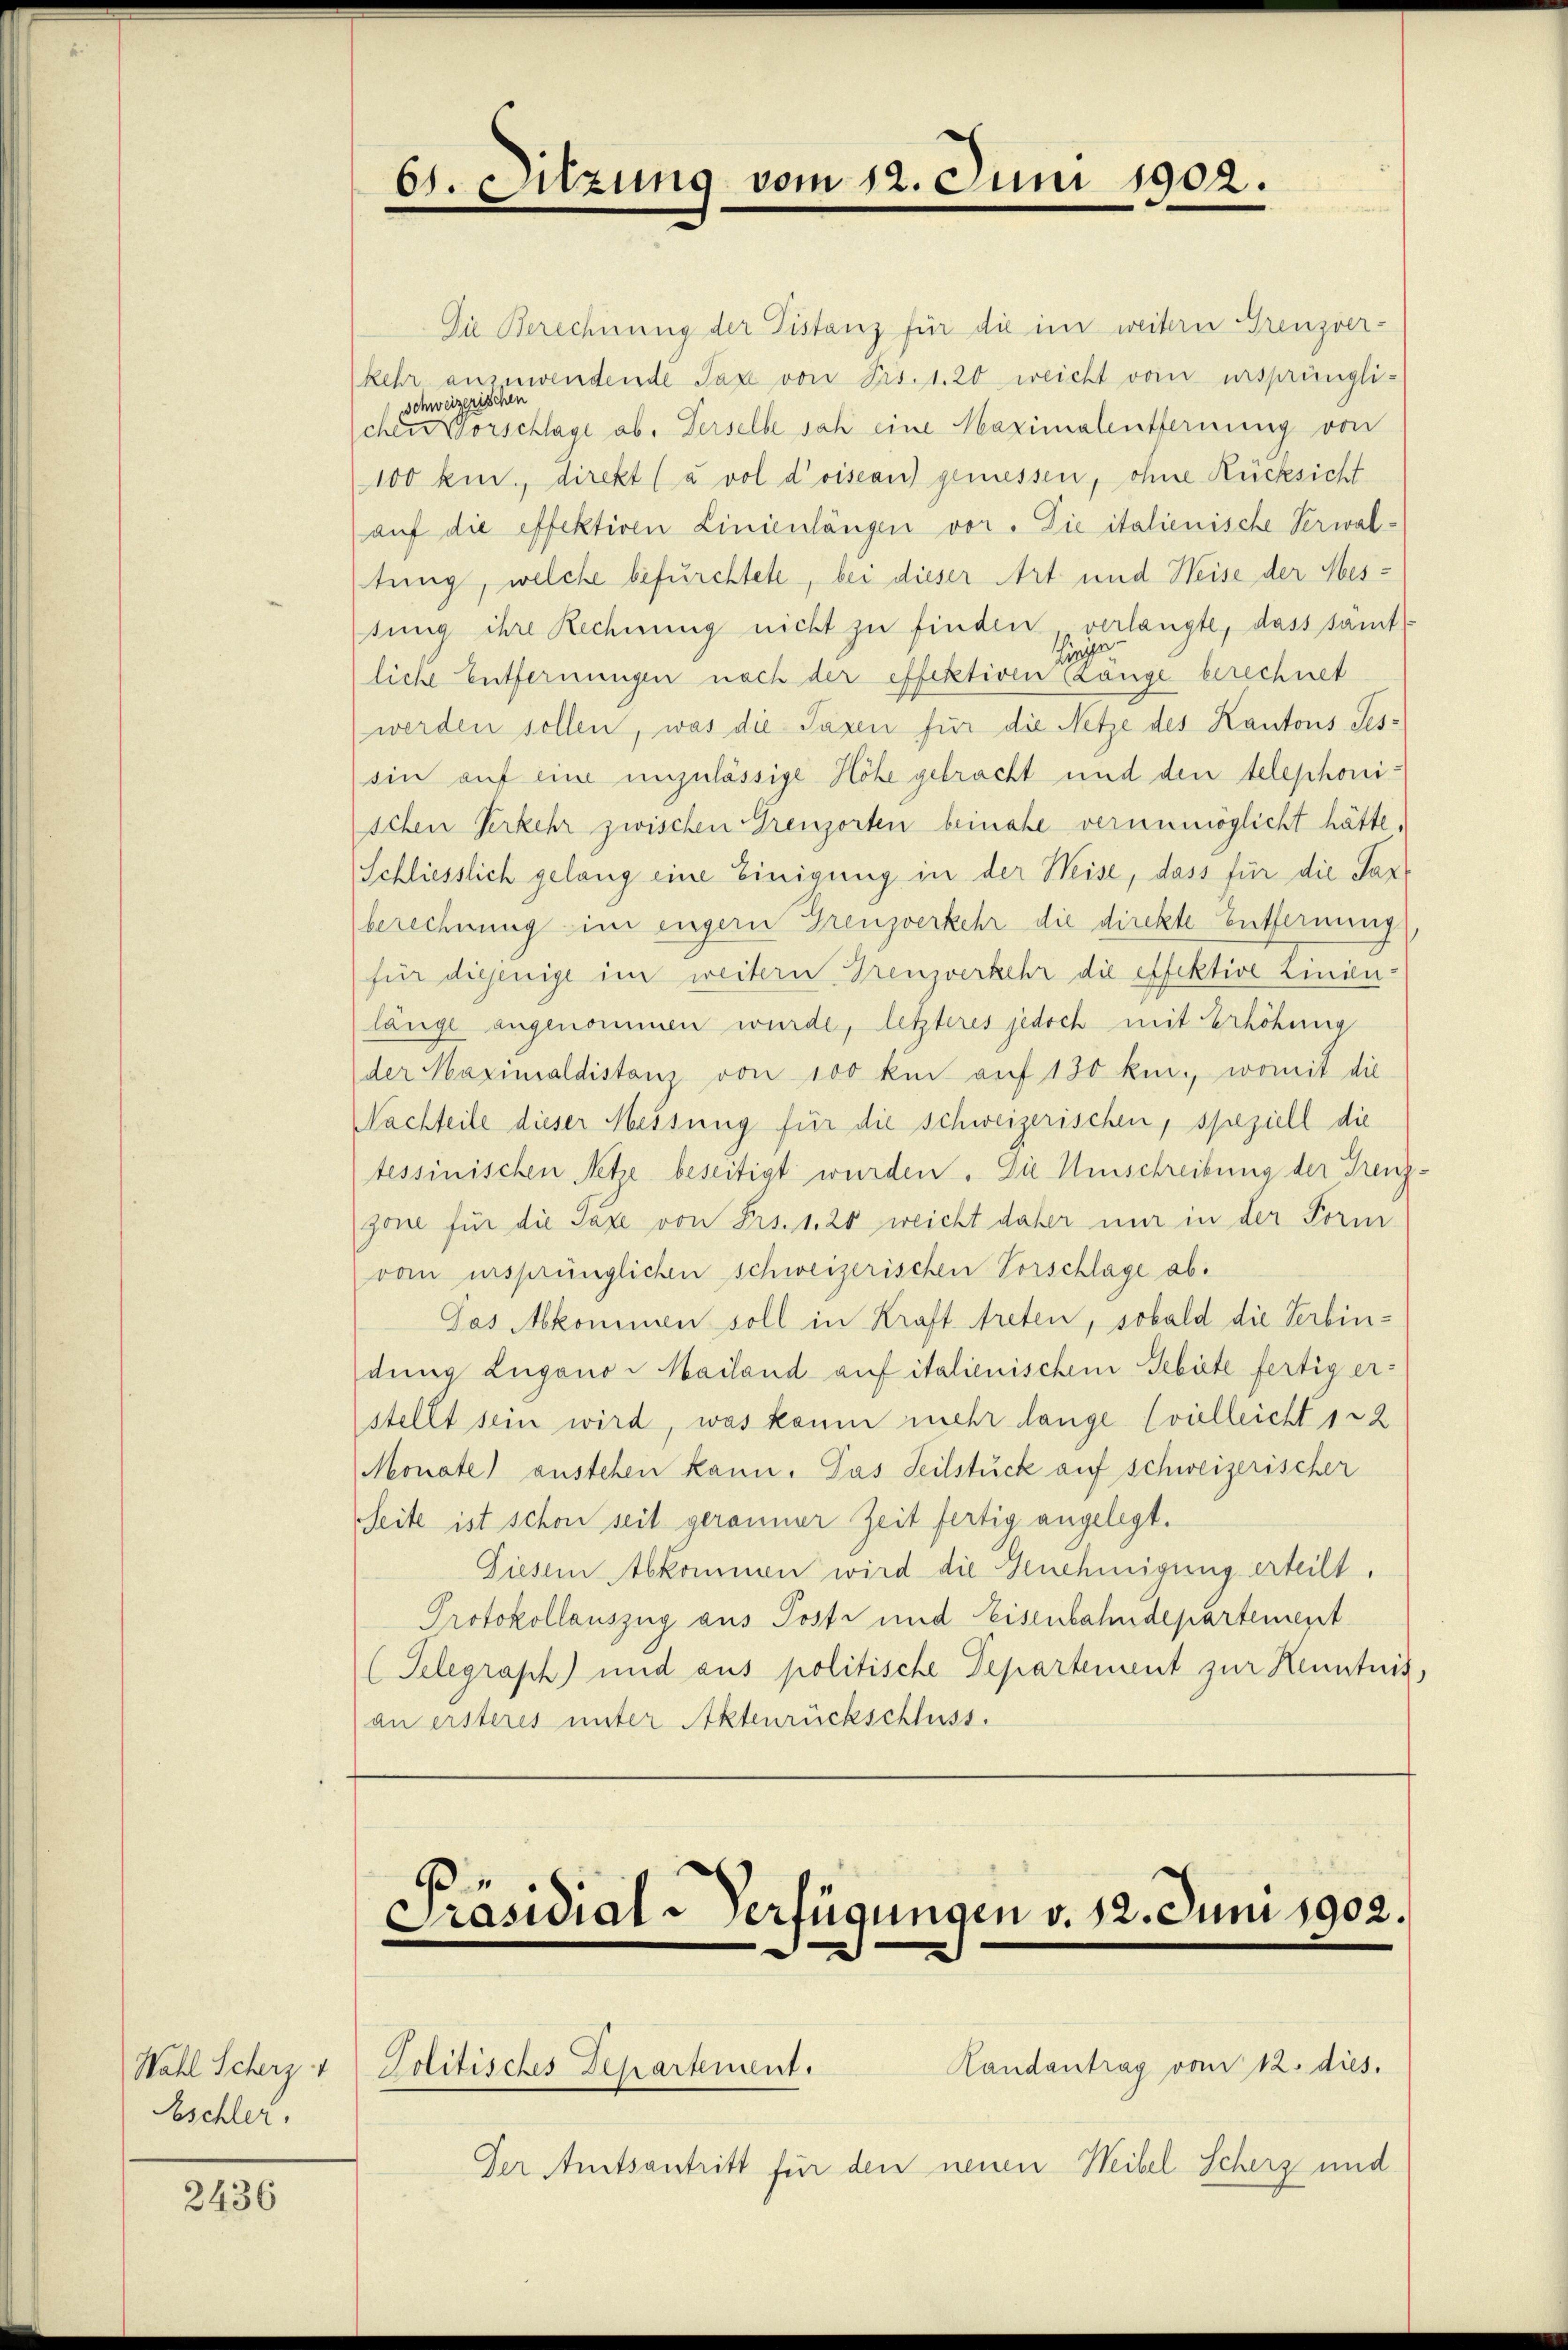
Wahl Scherz 1
Eschler,

2436

61. Sitzung vom 12. Juni 1902.

Die Berechnung der Pistanz für die im weitern Grenzver-
kehr anzuwendende Taxe von Frs. 1. 20 weicht vom ursprüngli-
schweizerischen
chen Vorschlage ab. Derselbe sah eine Maximalentfernung von
100 kur., direkt (uvol doisean) gemessen, ohne Rücksicht
auf die effektiven Linienlängen vor. Die italienische Verwaltung, welche befürchtete, bei dieser Art und Weise der Messung ihre Rechnung nicht zu finden verlangte, dass sämt-
Hiege
liche Entfernungen nach der effektiven Lange berechnet
werden sollen, was die Taxen für die Netze des Kantons Tes-
sin auf eine unzulässige Höhe gebracht und den telephonischen Verkehr zwischen Grenzorten beinahe verunmöglicht hätte.
Schliesslich gelang eine Einigung in der Weise, dass für die Par
berechnung im engern Grenzverkehr die direkte Entfernung
für diejenige im weitern Grenzverkehr die effektive Linau
länge angenommen wurde, letzteres jedoch mit Erhöhung
der Maximaldistanz von 100 km auf 130 km., womit die
Nachteile dieser Messung für die schweizerischen, speziell die
tessinischen Netze beseitigt wurden. Die Umschreibung der Grenzgone für die Taxe von Frs. 1. 20 weicht daher nur in der Forni
vom insprünglichen schweizerischen Vorschlage ab¬
Pas Abkommen soll in Kraft treten, sobald die Serbindung Lugano i Mailand auf italienischen Gebiete fertig erstellt sein wird, was kaum mehr lange (vielleicht 1 22
Monate) austehen kann. Das Teilstück auf schweizerischer
Seite ist schon seit geranner Zeit fertig angelegt.
Diesem Abkommen wird die Genehmigung erteilt.
Protokollauszug aus Posti und Eisenbahndepartement
(Telegraph) und aus politische Departement zur Kenntnis,
an ersteres unter Aktenrückschluss.

p
Präsidial-Verfügungen v. 12. Juni 1902.

Landantrag vom 12. dies.
Politisches Departement.
Der Amtsantritt für den neuen Weibel Scherz und